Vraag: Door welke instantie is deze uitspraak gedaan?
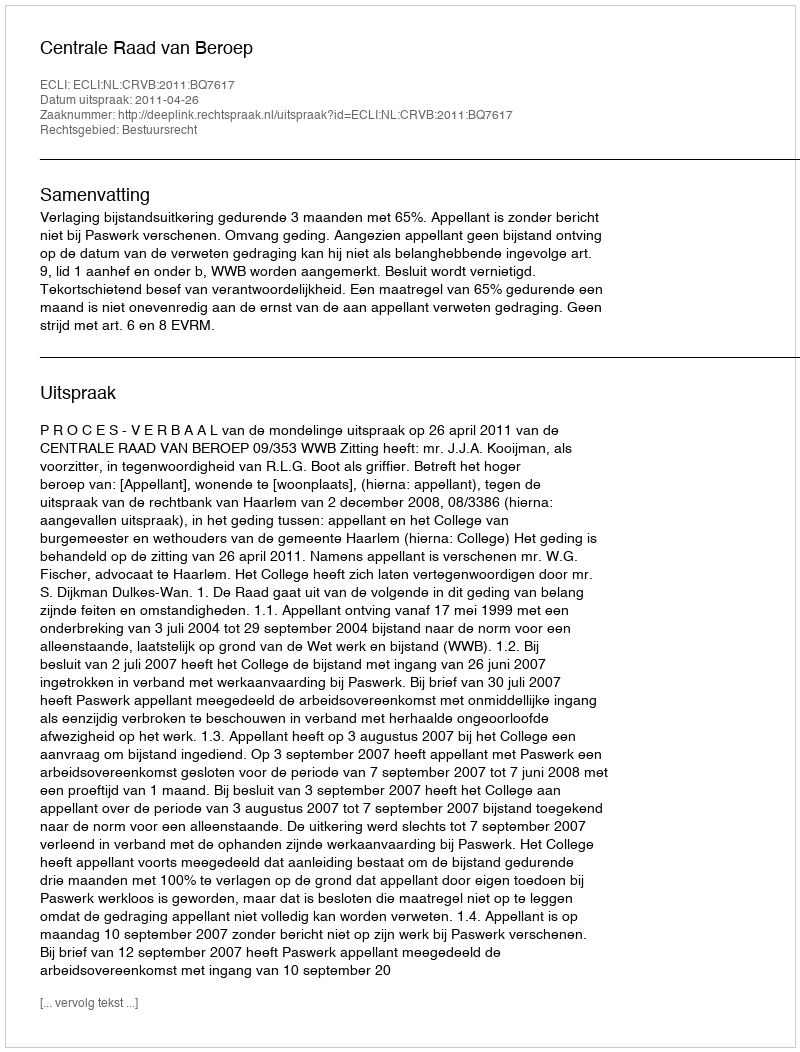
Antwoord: Centrale Raad van Beroep